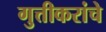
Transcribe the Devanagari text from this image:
गुत्तीकरांचे